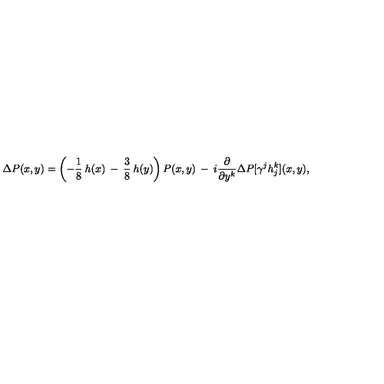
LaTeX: \Delta P ( x , y ) = \left( - \frac { 1 } { 8 } \: h ( x ) \: - \: \frac { 3 } { 8 } \: h ( y ) \right) P ( x , y ) \: - \: i \frac { \partial } { \partial y ^ { k } } \Delta P [ \gamma ^ { j } h _ { j } ^ { k } ] ( x , y ) ,